Lunatic asylums in Bengal annual reports 1888-1898 - 1888-1898
Year: 1888
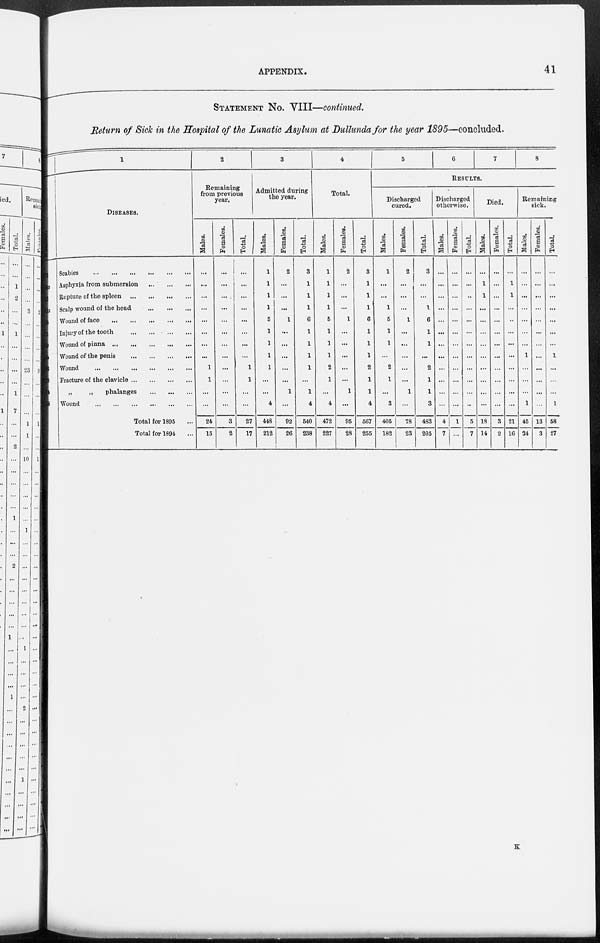
APPENDIX.
41
STATEMENT NO. VIII—continued.
Return of Sick in the Hospital of the Lunatic Asylum at Dullunda for the year 1895—concluded.
1
DISEASES.
Scabies
Asphyxia from submersion
Rupture of the spleen
Scalp wound of the head
Wound of face
Injury of the tooth
Wound of pinna
Wound of the penis
Wound
Fracture of the clavicle
„
„
phalanges
Wound
.
Total for 1895 ...
Total for 1894 ...
2
Remaining
from previous
year.
Males.
...
...
...
...
...
...
...
...
1
1
...
...
24
15
Females.
...
...
...
...
...
...
...
...
...
...
...
...
3
2
Total.
...
...
...
...
...
...
...
...
1
1
...
...
27
17
3
Admitted during
the year.
Males.
...
...
1
1
...
...
...
...
...
...
...
4
448
212
Females.
2
...
...
...
1
...
...
...
...
...
1
...
92
26
Total.
3
1
1
1
6
1
1
1
1
...
1
4
540
238
4
Total.
Males.
...
...
...
...
...
...
...
...
...
...
...
4
472
227
Females.
2
...
...
...
1
...
...
...
...
...
1
...
95
28
Total.
3
...
...
...
...
...
...
...
...
...
...
4
667
255
5
6
7
8
RESULTS.
Discharged
cured.
Males.
1
...
...
1
5
1
1
...
2
1
...
3
405
182
Females.
2
...
...
...
1
...
...
...
...
...
1
...
78
23
Total.
3
...
...
1
6
1
1
...
2
1
1
3
483
205
Discharged
otherwise.
Males.
...
...
...
...
...
...
...
...
...
...
...
...
4
7
Females.
...
...
...
...
...
...
...
...
...
...
...
...
1
...
Total.
...
...
...
...
...
...
...
...
...
...
...
...
5
7
Died.
Males.
...
1
1
...
...
...
...
...
...
...
...
...
18
14
Females.
...
...
...
...
...
...
...
...
...
...
...
...
3
2
Total.
...
1
1
...
...
...
...
...
...
...
...
...
21
16
Remaining
sick.
Males.
...
...
...
...
...
...
...
1
...
...
...
1
45
34
Females.
...
...
...
...
...
...
...
...
...
...
...
...
13
3
Total.
...
...
...
...
...
...
...
1
...
...
...
1
58
27
K